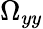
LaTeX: \Omega_{yy}